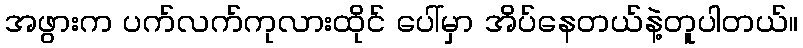
အဖွားက ပက်လက်ကုလားထိုင် ပေါ်မှာ အိပ်နေတယ်နဲ့တူပါတယ်။